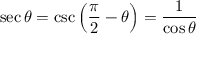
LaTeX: \sec \theta = \csc \left( { \frac { \pi } { 2 } } - \theta \right) = { \frac { 1 } { \cos \theta } }